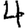
Digit: 4